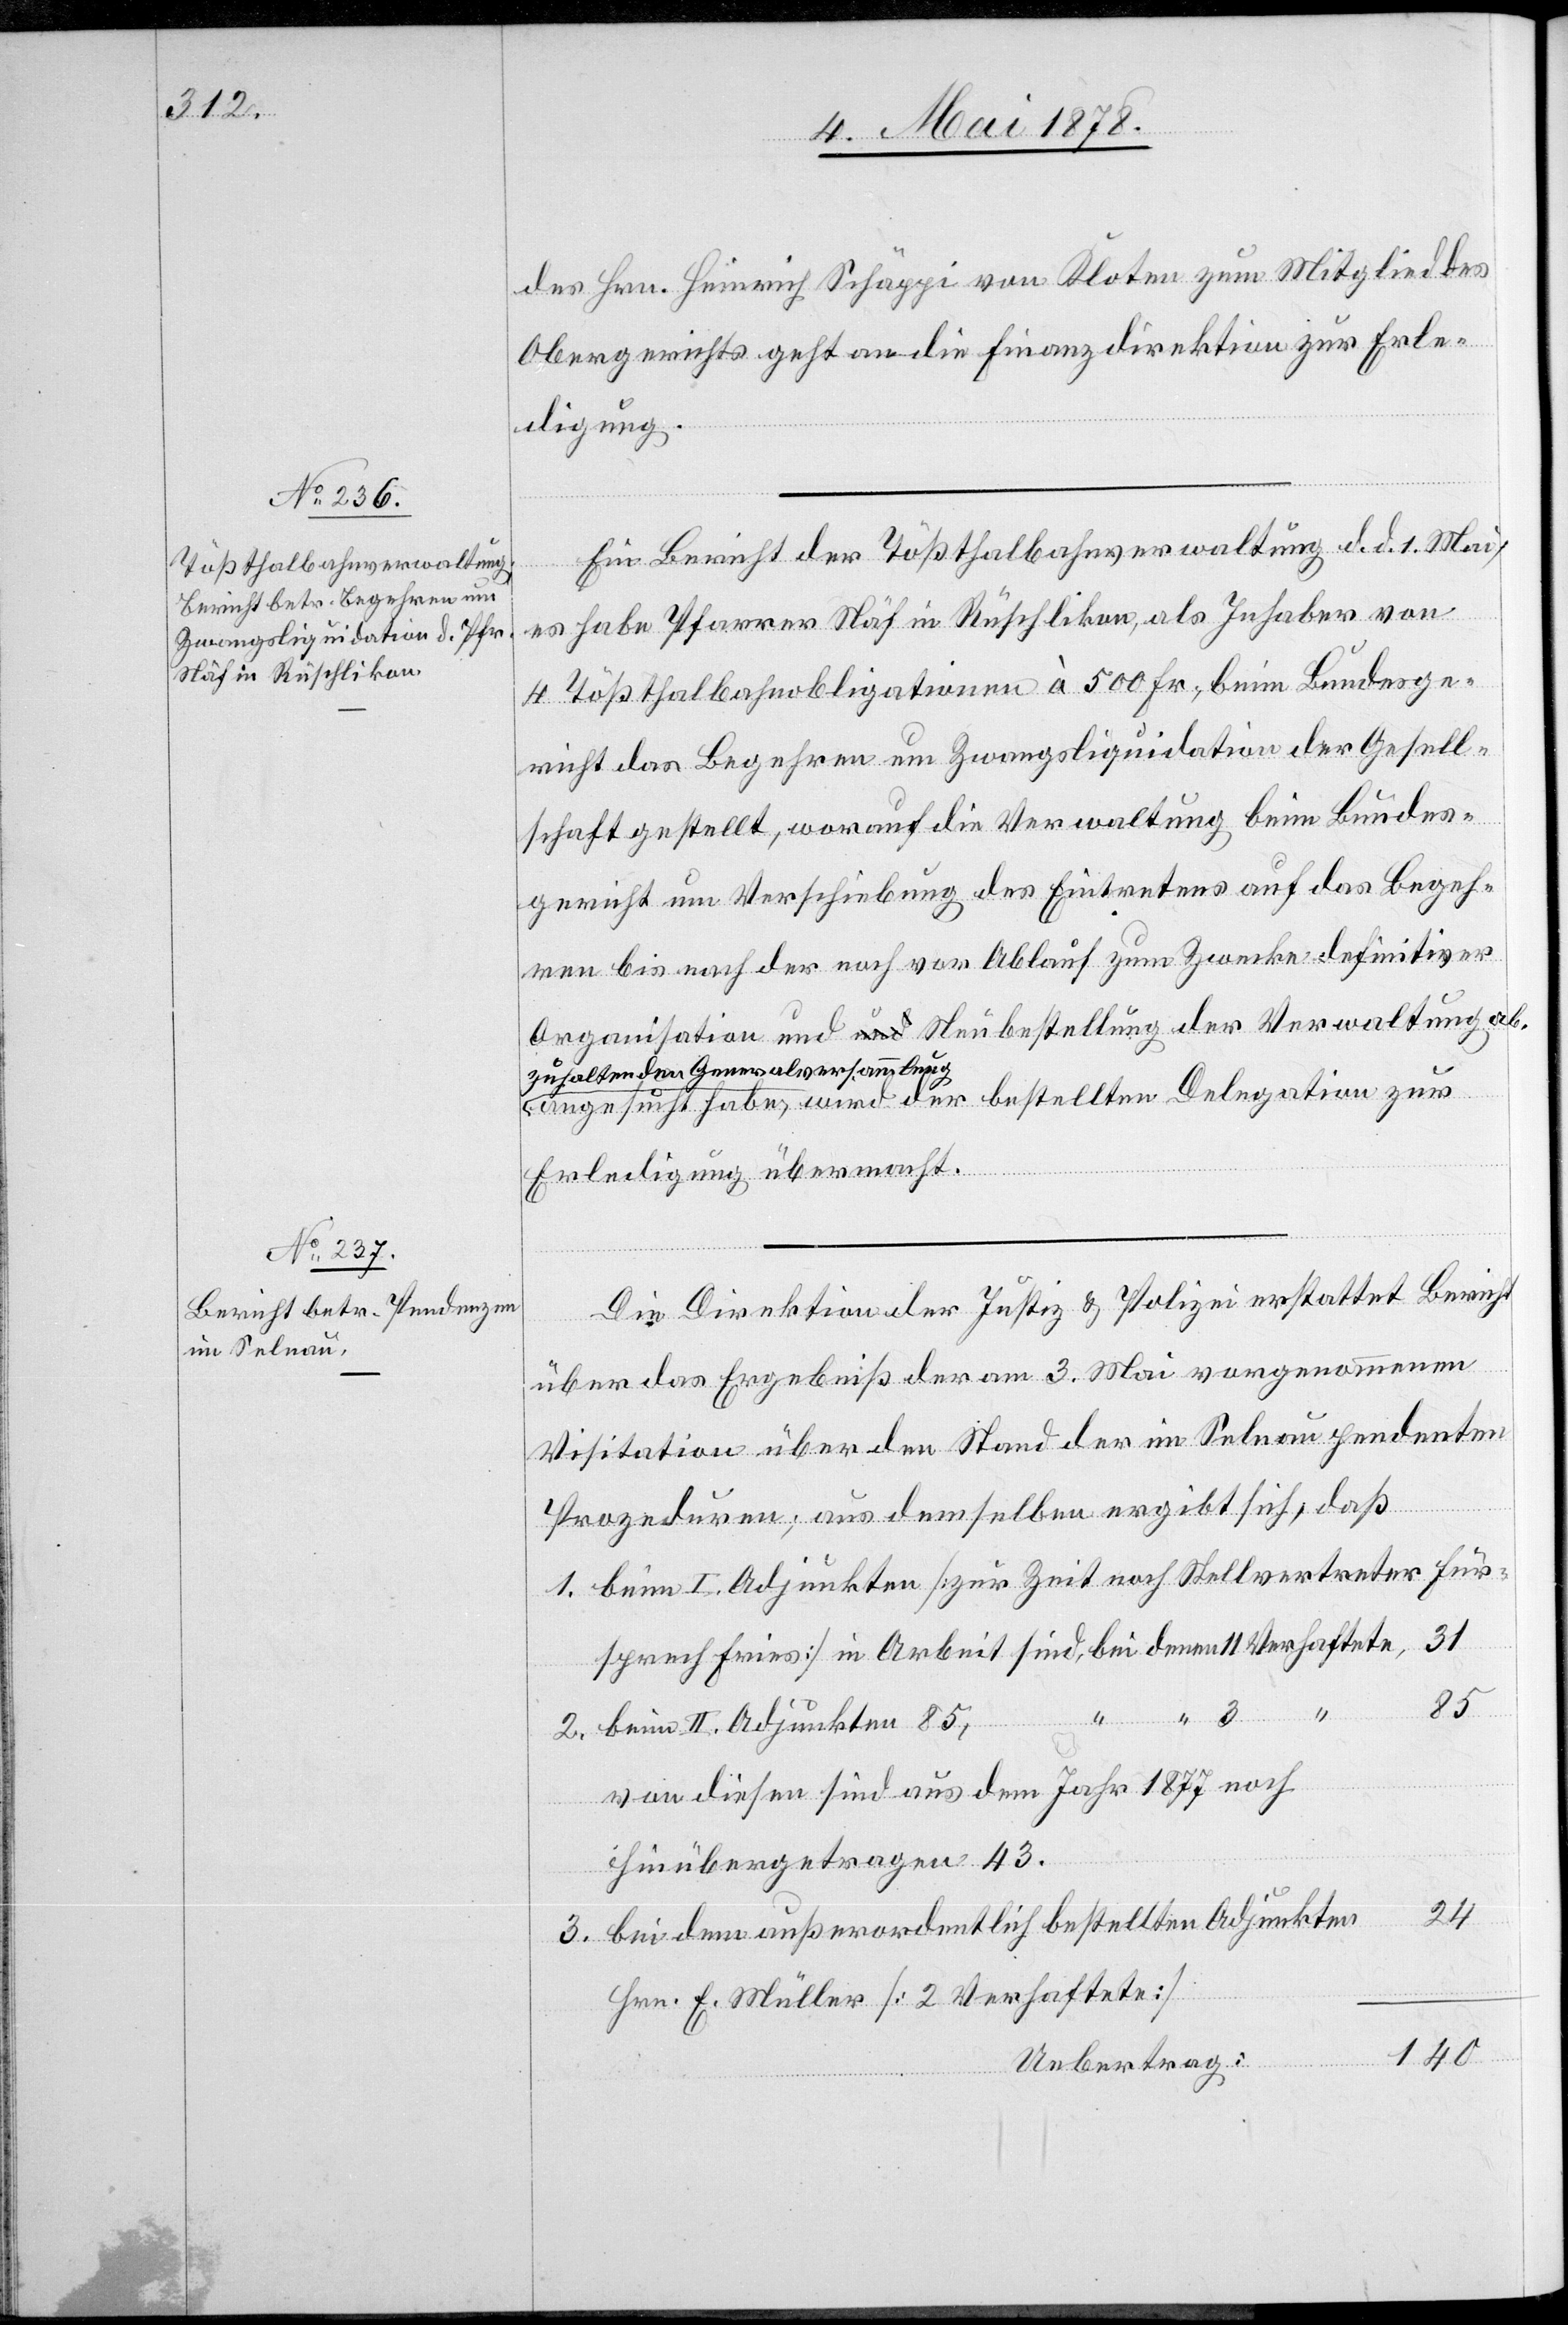
des Hrn. Heinrich Schäppi von Kloten zum Mitglied des
Obergerichts geht an die Finanzdirektion zur Erle¬
digung.
Ein Bericht der Tößthalbahnverwaltung d. d. 1. Mai,
es habe Pfarrer Näf in Rüschlikon, als Inhaber von
4 Tößthalbahnobligationen à 500 Fr., beim Bundesge¬
richt das Begehren um Zwangsliquidation der Gesell¬
schaft gestellt, worauf die Verwaltung beim Bundes¬
gericht um Verschiebung des Eintretens auf das Begeh¬
ren bis nach der noch vor Ablauf zum Zwecke definitiver
Organisation und Neubestellung der Verwaltung
a-zuhaltenden Generalversammlung-a
angesucht habe, wird der bestellten Delegation zur
Erledigung übermacht.
Die Direktion der Justiz & Polizei erstattet Bericht
über das Ergebniß der am 3. Mai vorgenommenen
Visitation über den Stand der im Selnau pendenten
Prozeduren; aus demselben ergibt sich, daß
beim I. Adjunkten [zur Zeit noch Stellvertreter Für¬
sprech Fries] in Arbeit sind bei denen 11 Verhaftete,
3.
2.
beim II. Adjunkten 85,
von diesen sind aus dem Jahr 1877 noch
hinübergetragen 43.
24
bei dem außerordentlich bestellten Adjunkten
Hrn. E. Müller [2 Verhaftete]
140
Uebertrag: